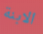
الابنة